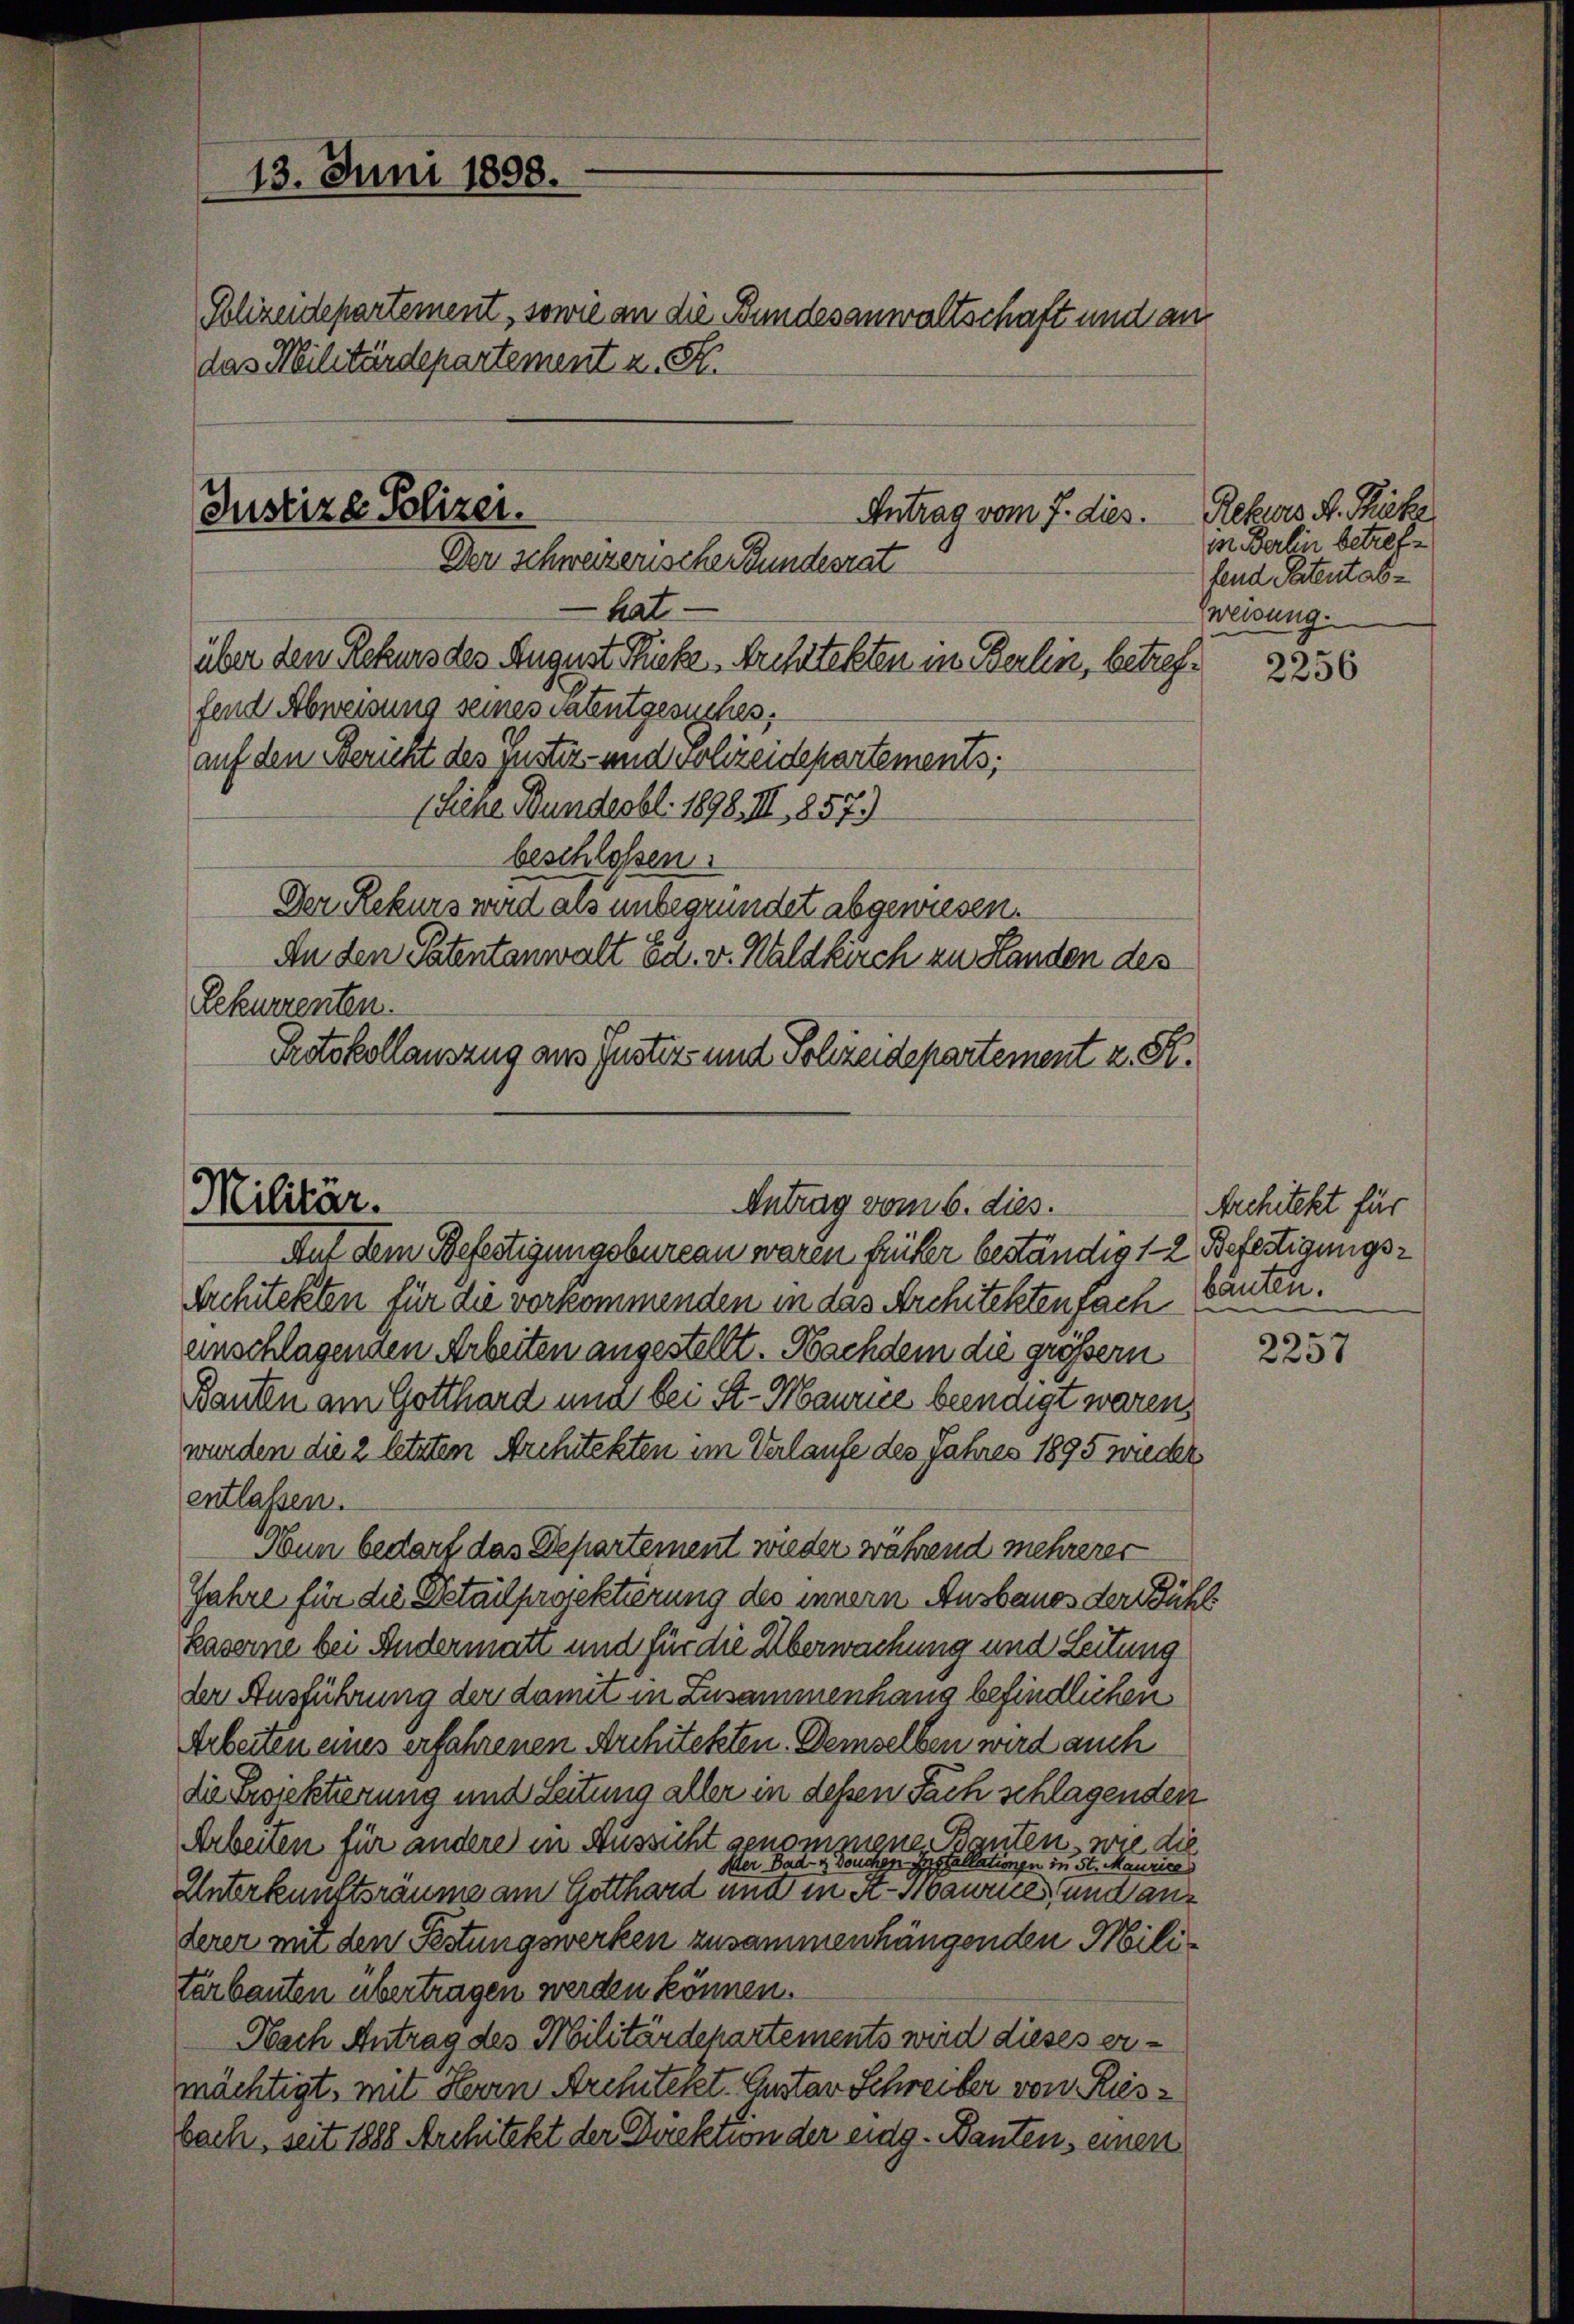
13. Juni 1898.

Polizeidepartement, sowie an die Bundesanwaltschaft und an

das Militärdepartement z. R.

Justiz & Polizei.
Antrag vom 7. dies.
Der schweizerische Bundesrat

hat
über den Rekurs des August Sicke Architekten in Berlin, betreffend Abweisung seines vatentgesuches,
auf den Bericht des Justiz- und volizeidepartements;
(Siehe Bundesbl. 1898. II, 1857)
beschloßen:
Der Rekurs wird als unbegründet abgewiesen.
An den Patentanwalt Ed. v. Waldkirch zu Handen des
Rekurrenten
Protokollauszug aus Justiz- und Polizeidepartement z. R.

Militär.
Antrag vom 6. dies.

Auf dem Befertigungsbureau waren früher beständig 12. Befestigungs¬
Architekten für die vorkommenden in das Architektenfach
anschlagenden Arbeiten angestellt. Nachdem die größern
Bauten am Gotthard und bei St. Maurice beendigt waren,
wurden die 2 letzten Architekten im Verlaufe des Jahres 1895 wieder
entlassen.
Nun bedarf das Departement wieder während mehrerer
Jahre für die Detailprojektirung des innern Ausbaues der Bühl
Kaserne bei Rudermatt und für die Überwachung und Leitung
der Ausführung der damit in Zusammenhang befindlichen
Arbeiten eines erfahrenen Architekten. Demselben wird auch
die Projektierung und Leitung aller in dessen Fach schlagenden
Arbeiten für andere in Aussicht genommene Bauten, wie die
Der Bad- & Douchen Installationen in St. Maurice
Unterkunftsräume am Gotthard und in St. Maures, und anterer mit den Festungswerken zusammenhängenden Militerbauten übertragen werden können.
Nach Antrag des Militärdepartements wird dieses ermächtigt, mit Herrn Architekt. Cantar Schreiber von Riesbach, seit 1888 Architekt der Direktion der eidg. Danten, einen

Rebers R. Rucke
In Berlin betreffend Patentabweisung.

2256

Architekt für
bauten.

2257